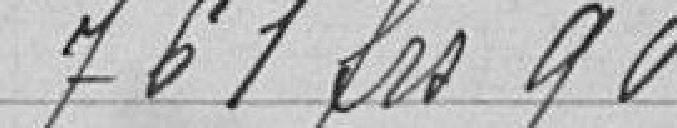
761 francs 90